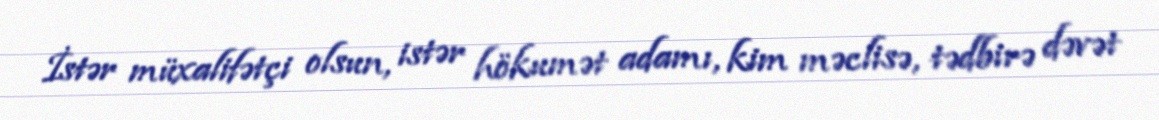
İstər müxalifətçi olsun, istər hökumət adamı, kim məclisə, tədbirə dəvət